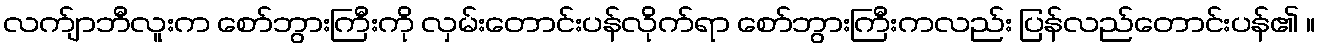
လက်ျာဘီလူးက စော်ဘွားကြီးကို လှမ်းတောင်းပန်လိုက်ရာ စော်ဘွားကြီးကလည်း ပြန်လည်တောင်းပန်၏ ။